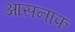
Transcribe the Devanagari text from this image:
आसनाफ